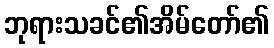
ဘုရားသခင်၏အိမ်တော်၏